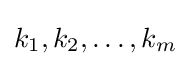
k_{1},k_{2},\dotsc ,k_{m}